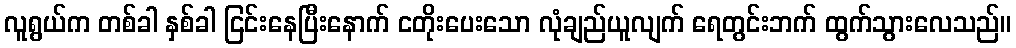
လူရွယ်က တစ်ခါ နှစ်ခါ ငြင်းနေပြီးနောက် ငတိုးပေးသော လုံချည်ယူလျက် ရေတွင်းဘက် ထွက်သွားလေသည်။